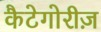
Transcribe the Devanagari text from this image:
कैटेगोरीज़